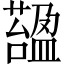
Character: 𧀟